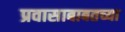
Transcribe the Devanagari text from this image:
प्रवासाबाबतच्या